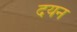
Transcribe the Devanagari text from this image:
दयन